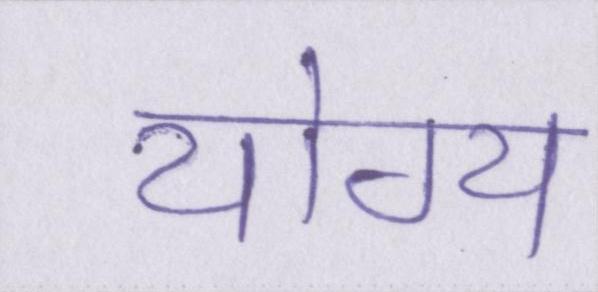
योग्य